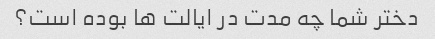
دختر شما چه مدت در ایالت ها بوده است؟